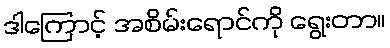
ဒါကြောင့် အစိမ်းရောင်ကို ရွေးတာ။